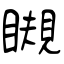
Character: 瞡